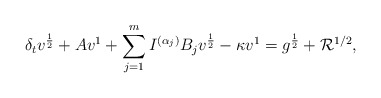
\begin{align*} \delta_tv^{\frac{1}{2}} + Av^{1} &+ \sum\limits_{j=1}^m I^{(\alpha_j)} B_jv^{\frac{1}{2}} - \kappa v^{1} = g^{\frac{1}{2}} + \mathcal{R}^{1/2}, \end{align*}